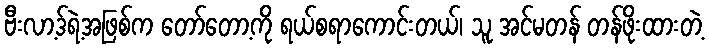
ဗီးလာ့ဒ်ရဲ့အဖြစ်က တော်တော့ကို ရယ်စရာကောင်းတယ်၊ သူ အင်မတန် တန်ဖိုးထားတဲ့